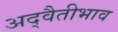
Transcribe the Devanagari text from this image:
अद्वैतीभाव